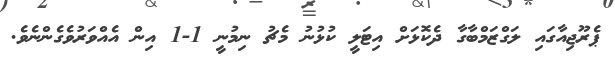
ޕެރޫޖިއާގައި ލަގްޒަމްބާގާ ދެކޮޅަށް އިޓަލީ ކުޅުނު މެޗު ނިމުނީ 1-1 އިން އެއްވަރުވެގެންނެވެ.